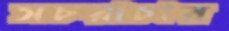
সচরাচার